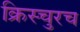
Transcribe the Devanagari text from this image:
क्रिस्चुरच